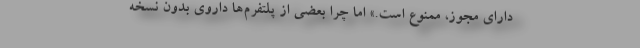
دارای مجوز، ممنوع است.» اما چرا بعضی از پلتفرم‌ها داروی بدون نسخه